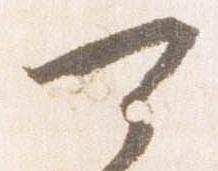
可